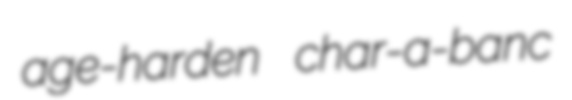
age-harden char-a-banc